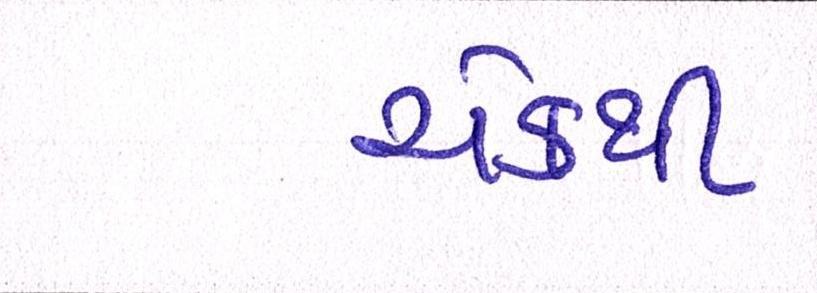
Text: ચેકથી